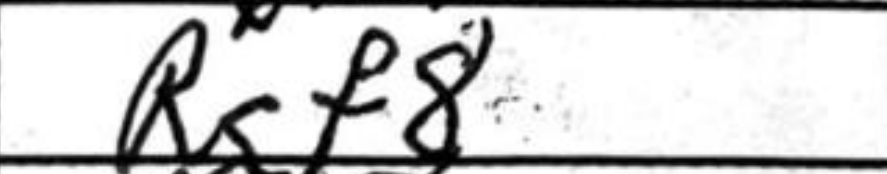
Transcription: Rgf8